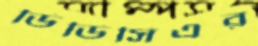
ডিডিসিএর